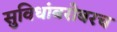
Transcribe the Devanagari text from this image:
सुविधांबरोबरच